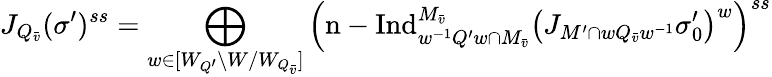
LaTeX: J_{Q_{\bar{v}}}(\sigma^{\prime})^{ss}=\bigoplus_{w\in[W_{Q^{\prime}}\backslash W/W_{Q_{\bar{v}}}]}\left(\mathrm{n-Ind}_{w^{-1}Q^{\prime}w\cap M_{\bar{v}}}^{M_{\bar{v}}}\left(J_{M^{\prime}\cap wQ_{\bar{v}}w^{-1}}\sigma_{0}^{\prime}\right)^{w}\right)^{ss}